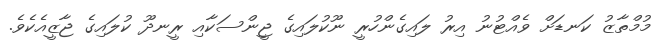
މުމްތާޒު ކަނޑަށް ވެއްޓުނު އިރު ލައިގެންހުރީ ނޫކުލައިގެ ޖީންސަކާއި ރީނދޫ ކުލައިގެ ޖާޒީއެކެވެ.